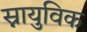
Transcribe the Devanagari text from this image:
स्नायुविक